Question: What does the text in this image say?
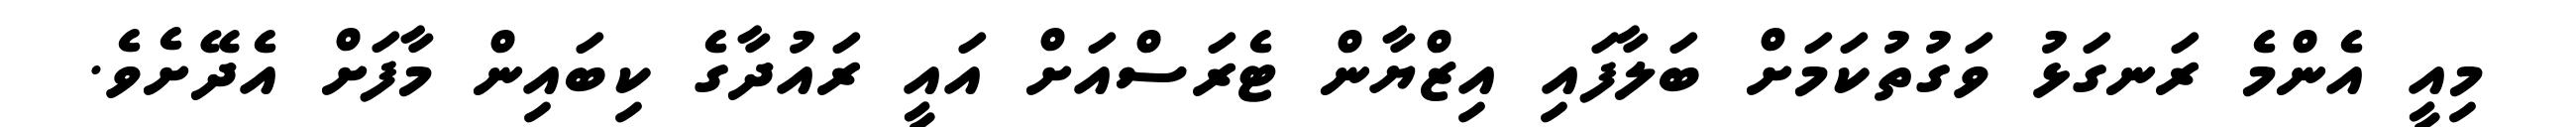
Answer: މިއީ އެންމެ ރަނގަޅު ވަގުތުކަމަށް ބަލާފައި އިޒްޔާން ޓެރަސްއަށް އައީ ރައުދާގެ ކިބައިން މާފަށް އެދޭށެވެ.